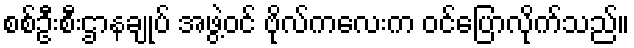
စစ်ဦးစီးဌာနချုပ် အဖွဲ့ဝင် ဗိုလ်ကလေးက ဝင်ပြောလိုက်သည်။